Causation and prevention of malarial fevers: a statement of the results of researches drawn up for the use of assistant surgeons, hospital assistants and students
Disease focus: Malaria
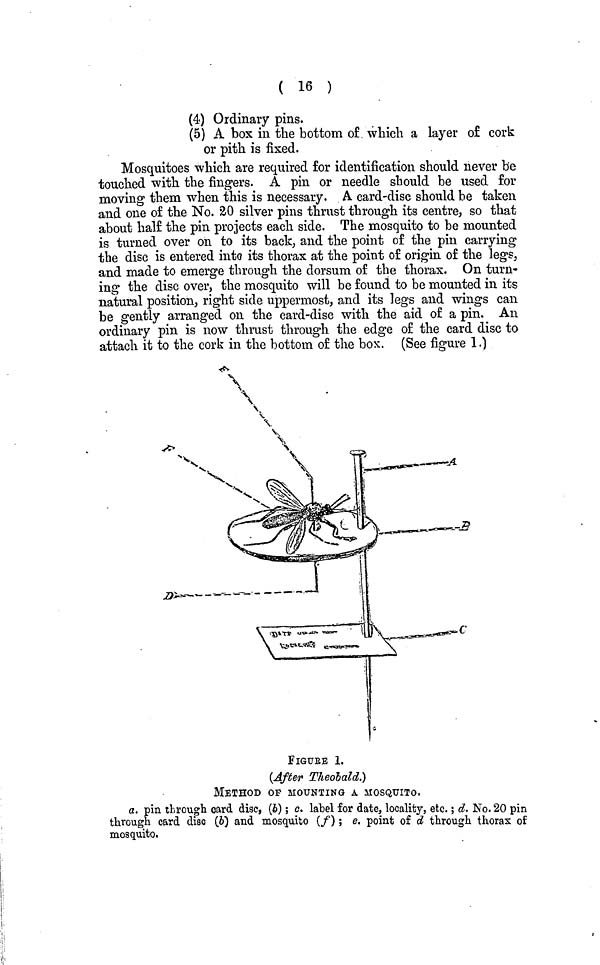
( 16 )
(4) Ordinary pins.
(5) A box in the bottom of which a layer of cork
or pith is fixed.
Mosquitoes which are required for identification should never be
touched with the fingers. A pin or needle should be used for
moving them when this is necessary. A card-disc should be taken
and one of the No. 20 silver pins thrust through its centre, so that
about half the pin projects each side. The mosquito to be mounted
is turned over on to its back, and the point of the pin carrying
the disc is entered into its thorax at the point of origin of the legs,
and made to emerge through the dorsum of the thorax. On turn-
ing the disc over, the mosquito will be found to be mounted in its
natural position, right side uppermost, and its legs and wings can
be gently arranged on the card-disc with the aid of a pin. An
ordinary pin is now thrust through the edge of the card disc to
attach it to the cork in the bottom of the box. (See figure 1.)
FIGURE 1.
(After Theobald.)
METHOD OP MOUNTING A MOSQUITO.
a. pin through card disc, (b); c. label for date, locality, etc.; d. No. 20 pin
through card disc (b) and mosquito (f); e, point of d through thorax of
mosquito.